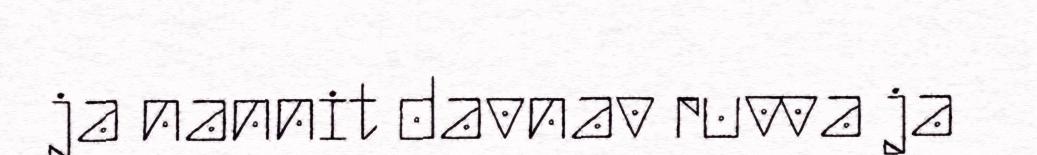
ja nannit davnav ruvva ja